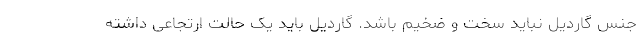
جنس گاردیل نباید سخت و ضخیم باشد. گاردیل باید یک حالت ارتجاعی داشته